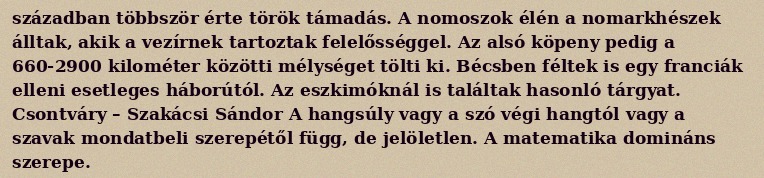
században többször érte török támadás. A nomoszok élén a nomarkhészek álltak, akik a vezírnek tartoztak felelősséggel. Az alsó köpeny pedig a 660-2900 kilométer közötti mélységet tölti ki. Bécsben féltek is egy franciák elleni esetleges háborútól. Az eszkimóknál is találtak hasonló tárgyat. Csontváry – Szakácsi Sándor A hangsúly vagy a szó végi hangtól vagy a szavak mondatbeli szerepétől függ, de jelöletlen. A matematika domináns szerepe.